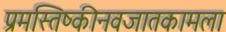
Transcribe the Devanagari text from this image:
प्रमस्तिष्कीनवजातकामला